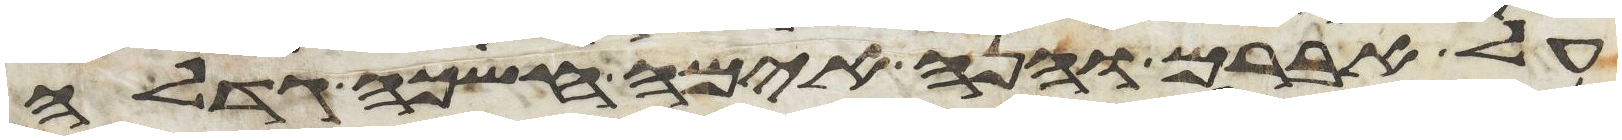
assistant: על אברם והנה אימה חשכה גדלה